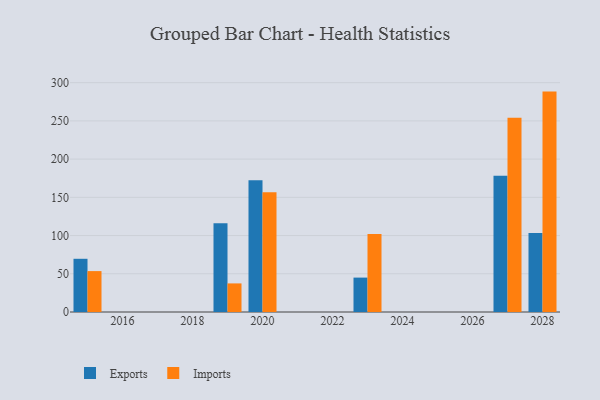
{"axis": {"x": "Year", "y": "Energy Usage (MWh)"}, "legend": ["Exports", "Imports"], "data": [{"x": "2028", "y": 103.4, "type": "Exports"}, {"x": "2028", "y": 288.3, "type": "Imports"}, {"x": "2027", "y": 178.3, "type": "Exports"}, {"x": "2027", "y": 254.2, "type": "Imports"}, {"x": "2020", "y": 172.2, "type": "Exports"}, {"x": "2020", "y": 156.5, "type": "Imports"}, {"x": "2019", "y": 116.2, "type": "Exports"}, {"x": "2019", "y": 37.4, "type": "Imports"}, {"x": "2023", "y": 45.0, "type": "Exports"}, {"x": "2023", "y": 102.0, "type": "Imports"}, {"x": "2015", "y": 69.6, "type": "Exports"}, {"x": "2015", "y": 53.5, "type": "Imports"}]}